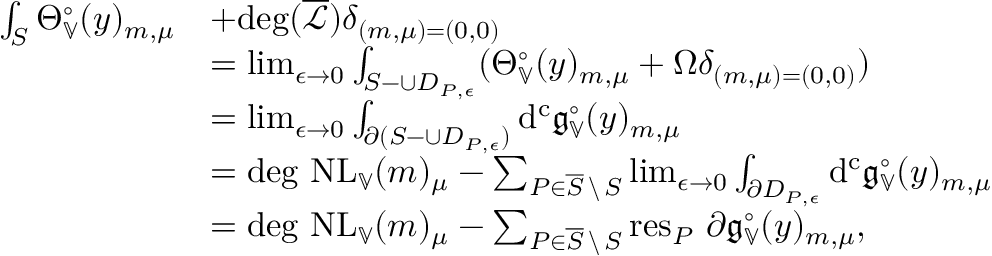
\begin{array} { r l } { \int _ { S } \Theta _ { \mathbb { V } } ^ { \circ } ( y ) _ { m , \mu } } & { + \mathrm { d e g } ( \overline { { \mathcal { L } } } ) \delta _ { ( m , \mu ) = ( 0 , 0 ) } } \\ & { = \operatorname* { l i m } _ { \epsilon \to 0 } \int _ { S - \cup D _ { P , \epsilon } } ( \Theta _ { \mathbb { V } } ^ { \circ } ( y ) _ { m , \mu } + \Omega \delta _ { ( m , \mu ) = ( 0 , 0 ) } ) } \\ & { = \operatorname* { l i m } _ { \epsilon \to 0 } \int _ { \partial ( S - \cup D _ { P , \epsilon } ) } \mathrm { d ^ { c } } \mathfrak { g } _ { \mathbb { V } } ^ { \circ } ( y ) _ { m , \mu } } \\ & { = \mathrm { d e g } \ \mathrm { N L } _ { \mathbb { V } } ( m ) _ { \mu } - \sum _ { P \in \overline { { S } } \, \backslash \, S } \operatorname* { l i m } _ { \epsilon \to 0 } \int _ { \partial D _ { P , \epsilon } } \mathrm { d ^ { c } } \mathfrak { g } _ { \mathbb { V } } ^ { \circ } ( y ) _ { m , \mu } } \\ & { = \mathrm { d e g } \ \mathrm { N L } _ { \mathbb { V } } ( m ) _ { \mu } - \sum _ { P \in \overline { { S } } \, \backslash \, S } \mathrm { r e s } _ { P } \ \partial \mathfrak { g } _ { \mathbb { V } } ^ { \circ } ( y ) _ { m , \mu } , } \end{array}